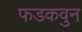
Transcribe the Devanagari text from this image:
फडकवुन